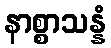
နာစ္စာသန္နံ